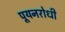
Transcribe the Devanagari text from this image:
पूयनरोधी